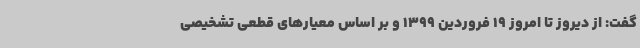
گفت: از دیروز تا امروز 19 فروردین 1399 و بر اساس معیارهای قطعی تشخیصی